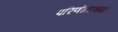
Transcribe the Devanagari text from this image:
परिणीताच्या